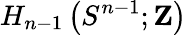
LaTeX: H_{n-1}\left(S^{n-1};\mathbf{Z}\right)